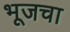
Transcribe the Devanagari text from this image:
भूजचा